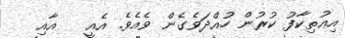
އިޢުތިކާފު ކުރުން ހުއްދަވެގެން ވެއެވެ. އެއީ   އާއި